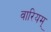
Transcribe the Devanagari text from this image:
वारियम्